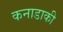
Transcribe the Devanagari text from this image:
कनाडाकी